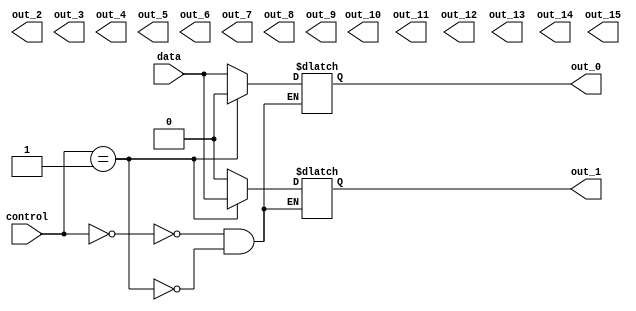
module demux_1to16(
    input wire [3:0] control,
    input wire data,
    output reg out_0,
    output reg out_1,
    output reg out_2,
    output reg out_3,
    output reg out_4,
    output reg out_5,
    output reg out_6,
    output reg out_7,
    output reg out_8,
    output reg out_9,
    output reg out_10,
    output reg out_11,
    output reg out_12,
    output reg out_13,
    output reg out_14,
    output reg out_15
);

always @* begin
    case(control)
        4'b0000: begin
            out_0 = data;
            out_1 = 1'b0;
            // set all other output lines to zero
        end
        4'b0001: begin
            out_0 = 1'b0;
            out_1 = data;
            // set all other output lines to zero
        end
        // repeat for all possible control inputs
    endcase
end

endmodule